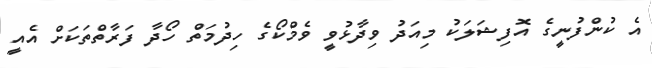
އެ ކުންފުނީގެ އޮފިޝަލަކު މިއަދު ވިދާޅުވީ ވެމްކޯގެ ހިދުމަތް ހޯދާ ފަރާތްތަކަށް އެއީ